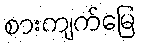
စားကျက်မြေ